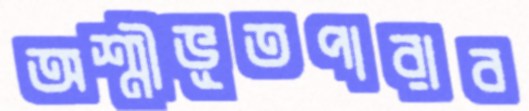
অশ্মীভূতপারাব